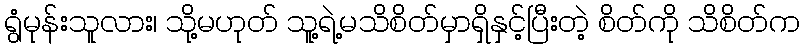
ရွံမုန်းသူလား၊ သို့မဟုတ် သူ့ရဲ့မသိစိတ်မှာရှိနှင့်ပြီးတဲ့ စိတ်ကို သိစိတ်က